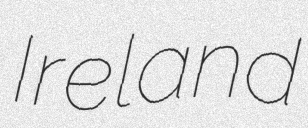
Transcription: Ireland